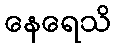
နေရေသိ